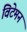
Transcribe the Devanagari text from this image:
विटेमन